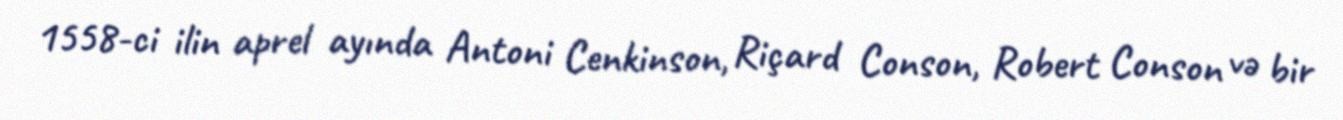
1558-ci ilin aprel ayında Antoni Cenkinson, Riçard Conson, Robert Conson və bir